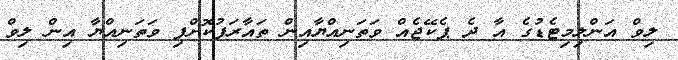
ލިވް އަންލިމިޓެޑުގެ އާ ދެ ޕެކޭޖެއް ވަތަނިއްޔާއިން ތައާރަފުކޮށްފި ވަތަނިއްޔާ އިން ލިވް